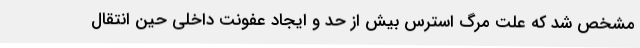
مشخص شد که علت مرگ استرس بیش از حد و ایجاد عفونت داخلی حین انتقال